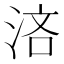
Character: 𣵰